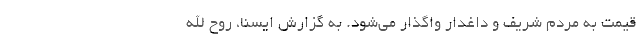
قیمت به مردم شریف و داغدار واگذار می‌شود. به گزارش ایسنا، روح الله